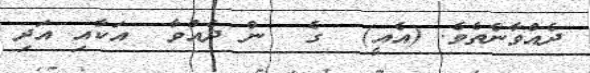
ދެއްވާނެތެވެ. (އެއީ)  ގެ  ން ދެއްވާ  އަކާއި އަދި